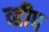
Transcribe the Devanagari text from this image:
व्हीप